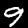
Label: 9